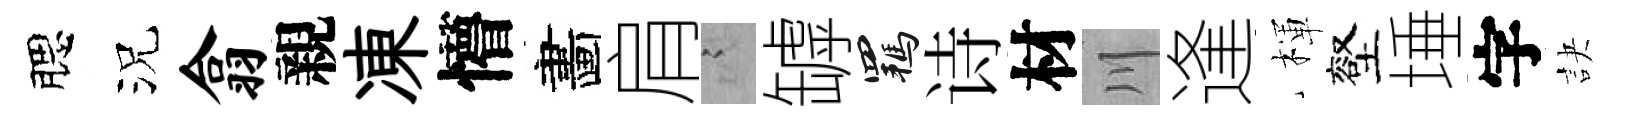
腮況翕親凍懵畵肩謭罅羈诗材川逢楎壑埵字訣